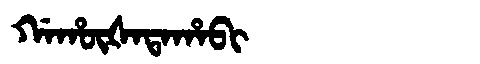
Manchu: ᡤᠠᡥᡡᡧᠠᡨᠠᡥᠠᠪᡳ
Romanization: GAHŪŠATAHABI